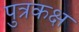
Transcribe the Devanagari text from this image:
पुत्रकक्ष